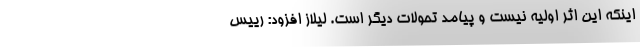
اینکه این اثر اولیه نیست و پیامد تحولات دیگر است. لیلاز افزود: رییس